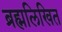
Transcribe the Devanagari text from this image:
ब्रह्मलिखित